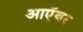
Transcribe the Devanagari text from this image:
आएँबर